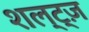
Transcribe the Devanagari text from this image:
शल्ट्ज़